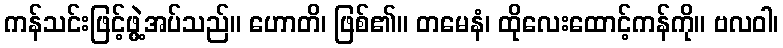
ကန်သင်းဖြင့်ဖွဲ့အပ်သည်။ ဟောတိ၊ ဖြစ်၏။ တမေနံ၊ ထိုလေးထောင့်ကန်ကို။ ဗလဝါ၊